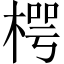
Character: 㮙